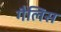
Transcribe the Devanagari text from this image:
गैलिस